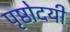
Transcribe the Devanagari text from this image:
पृष्ठोदयी